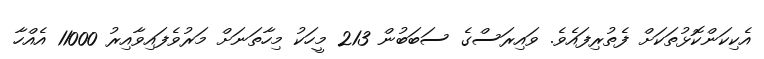
އެކިކަންކޮޅުތަކަށް ފެތުރިފައެވެ. ވައިރަސްގެ ސަބަބުން 213 މީހަކު މިހާތަނަށް މަރުވެފައިވާއިރު 11000 އެއްހާ